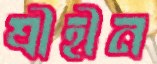
শ্রীহীন